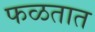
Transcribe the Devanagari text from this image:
फळतात